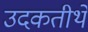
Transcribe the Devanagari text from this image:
उदकतीर्थे